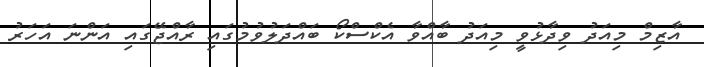
އާޒިމް މިއަދު ވިދާޅުވީ މިއަދު ބާއްވާ އެކްސްކޯ ބައްދަލުވުމުގައި ރާއްޖޭގައި އަންނަ އަހަރު